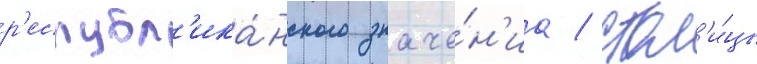
р'еспубл'ика́нского значе́н'иа / стол'и́цы